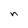
Character: n